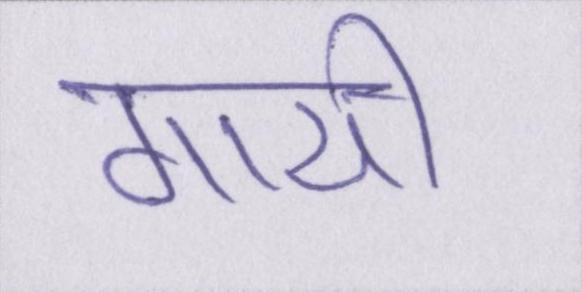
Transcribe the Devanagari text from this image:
गायी